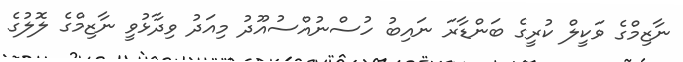
ނާޒިމްގެ ވަކީލް ކުރީގެ ބަންޑާރަ ނައިބު ހުސްނުއްސުއޫދު މިއަދު ވިދާޅުވީ ނާޒިމްގެ ލޮލުގެ